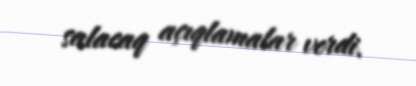
salacaq açıqlamalar verdi.